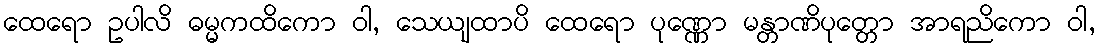
ထေရော ဥပါလိ ဓမ္မကထိကော ဝါ, သေယျထာပိ ထေရော ပုဏ္ဏော မန္တာဏိပုတ္တော အာရညိကော ဝါ,